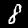
Digit: 8